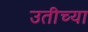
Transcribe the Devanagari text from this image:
उतीच्या